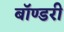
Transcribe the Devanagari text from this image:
बॉण्डरी